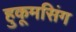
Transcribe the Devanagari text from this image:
हुकूमसिंग